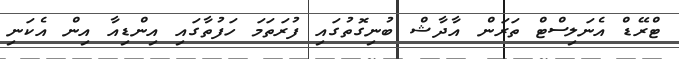
ޓްރޭޑް އެނަލިސްޓް ތަރަން އާދާޝް ބުނިގޮތުގައި ފުރަތަމަ ހަފުތާގައި އިންޑިއާ އިން އެކަނި